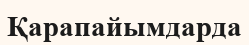
Қарапайымдарда